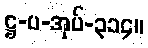
ဋ္ဌ-ပ-အုပ်-၃၁၄။